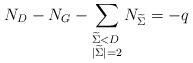
LaTeX: \begin{align*}N_D - N_G - \sum_{\begin{subarray}{l}\widetilde{\Sigma}< D\\ \vert\widetilde{\Sigma}\rvert=2\end{subarray}}N_{\widetilde{\Sigma}} = -q\end{align*}